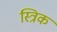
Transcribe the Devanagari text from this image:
स्त्रिक